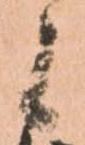
候